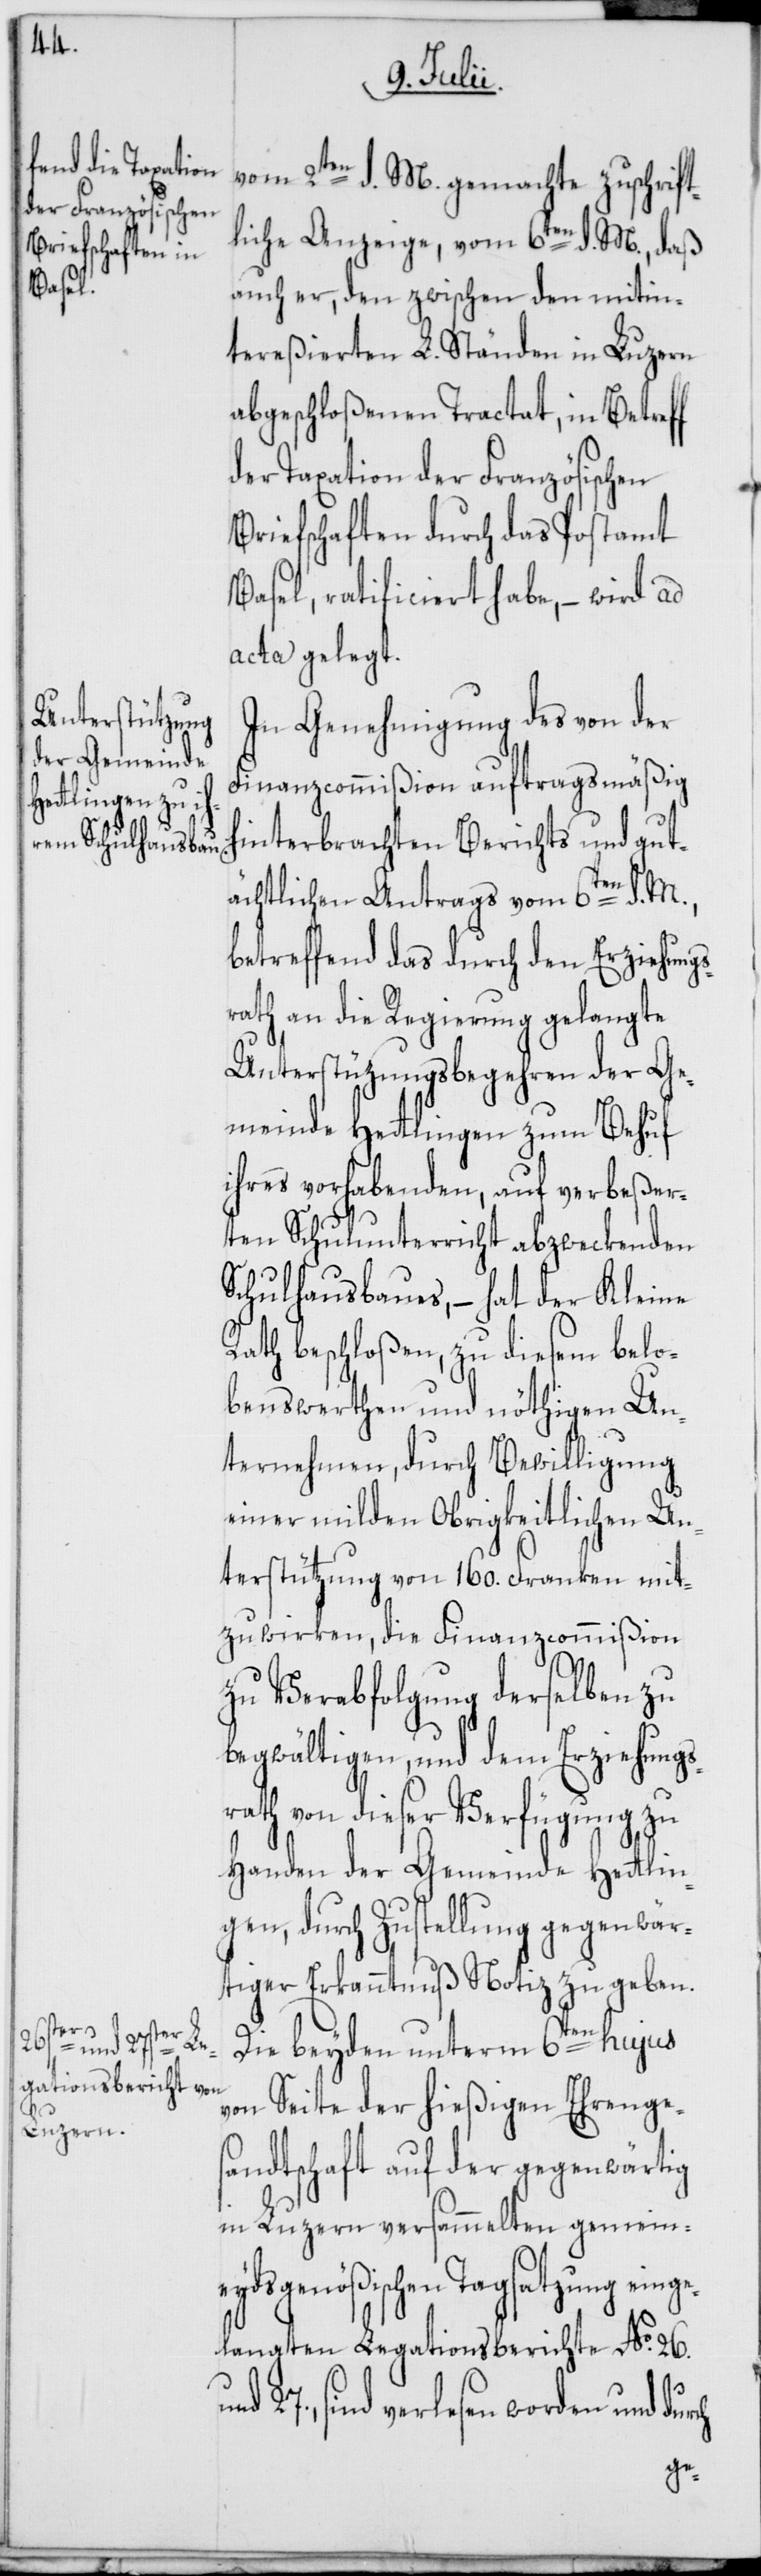
sr¬

vom 2ten d. M. gemachte zuschrift¬
liche Anzeige, vom 6ten d. M., daß
auch er, den zwischen den mitin¬
tereßierten L. Ständen in Luzern
abgeschloßenen Tractat, in Betreff
der Taxation der Französischen
Briefschaften durch das Postamt
Basel, ratificiert habe, – wird ad
acta gelegt.
In Genehmigung des von der
Finanzcommißion auftragsmäßig
interbrachten Berichts und gut¬
ächtlichen Antrags vom 6ten d. M.,
betreffend das durch den Erziehung¬
ath an die Regierung gelangte
Unterstüzungsbegehren der Ge¬
meinde Hettlingen zum Behuf
ihres vorhabenden, auf verbeßer¬
ten Schulunterricht abzweckenden
Schulhausbaues, – hat der Kleine
Rath beschloßen, zu diesem belo¬
benswerthen und nöthigen Un¬
ternehmen, durch Bewilligung
einer milden Obrigkeitlichen Un¬
terstützung von 160. Franken mit¬
zuwirken, die Finanzcommißion
zu Verabfolgung derselben zu
begwältigen, und dem Erziehungs¬
rath von dieser Verfügung zu
Handen der Gemeinde Hettlin¬
gen, durch Zustellung gegenwär¬
tiger Erkanntnuß Notiz zu geben.
Die beyden unterm 6ten hujus
von Seite der hießigen Ehrenge¬
sandtschaft auf der gegenwärtig
in Luzern versammelten gemein¬
eydsgenößischen Tagsatzung einge¬
langten Legationsberichte No. 26.
sind verlesen worden und
h¬